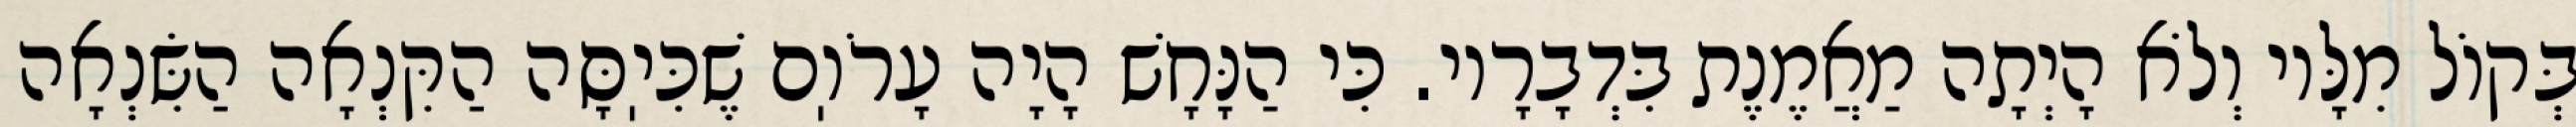
בְּקוֹל מִלָּיו וְלֹא הָיְתָה מַאֲמֶנֶת בִּדְבָרָיו. כִּי הַנָּחָשׁ הָיָה עָרֹוֽם שֶׁכִּיֽסָּה הַקִּנְאָה הַשִּׂנְאָה